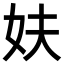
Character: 妋